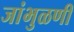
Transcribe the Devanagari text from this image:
जांभुळणी